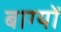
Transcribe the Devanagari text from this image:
बाग्यों